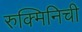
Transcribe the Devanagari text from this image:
रुक्मिनिची